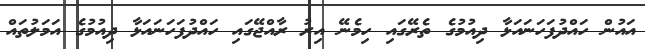
އައުން ހައްދުފަހަނައަޅާ ދިއުމުގެ ތެރޭގައި ހިމެނޭ އިރު ރާއްޖޭގައި ހައްދުފަހަނައަޅާ ދިއުމުގެ އަމަލުތައް